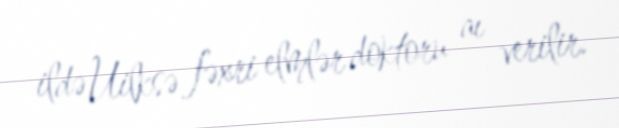
ildə Uilksə fəxri elmlər doktoru aı verilir.